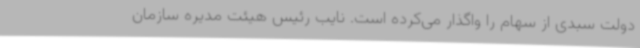
دولت سبدی از سهام را واگذار می‌کرده است. نایب رئیس هیئت مدیره سازمان